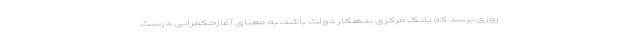
روزی برسد که بانک مرکزی بدهکار دولت باشد، به معنای آغازحکمرانی درست